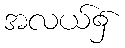
အလယ်၌